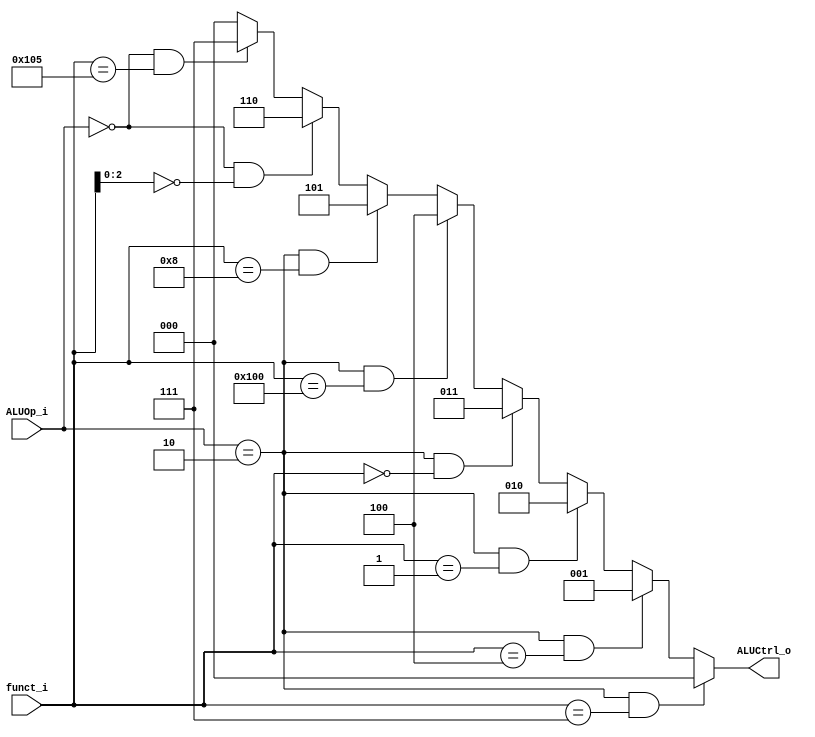
module ALU_Control(
    funct_i,
    ALUOp_i,
    ALUCtrl_o
);
input   [9:0]   funct_i;
input   [1:0]   ALUOp_i;
output  [2:0]   ALUCtrl_o;


assign ALUCtrl_o =(ALUOp_i == 2'b10 && funct_i == 10'b0000000111) ? 3'b000 :  //and
                  (ALUOp_i == 2'b10 && funct_i == 10'b0000000100) ? 3'b001 :  //xor
                  (ALUOp_i == 2'b10 && funct_i == 10'b0000000001) ? 3'b010 :  //sll
                  (ALUOp_i == 2'b10 && funct_i == 10'b0000000000) ? 3'b011 :  //add
                  (ALUOp_i == 2'b10 && funct_i == 10'b0100000000) ? 3'b100 :  //sub
                  (ALUOp_i == 2'b10 && funct_i == 10'b0000001000) ? 3'b101 :  //mul
                  (ALUOp_i == 2'b00 && funct_i[2:0] == 3'b000) ? 3'b110 :     //addi
                  (ALUOp_i == 2'b00 && funct_i == 10'b0100000101) ? 3'b111 :  //srai
                  3'b000;   

endmodule